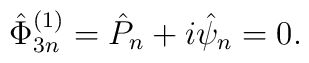
\hat{\Phi}^{(1)}_{3n}=  \hat{P}_n + i \hat{\psi}_n =0 .